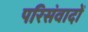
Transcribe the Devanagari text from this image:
परिसंवादों